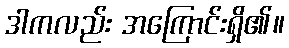
ဒါကလည်း အကြောင်းရှိ၏။